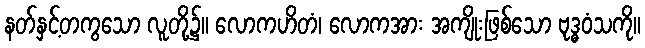
နတ်နှင့်တကွသော လူတို့၌။ လောကဟိတံ၊ လောကအား အကျိုးဖြစ်သော ဗုဒ္ဓဝံသကို။